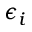
\epsilon _ { i }